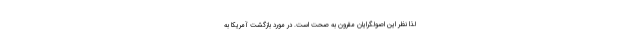
لذا نظر اين اصولگرايان مقرون به صحت است. در مورد بازگشت آمريكا به